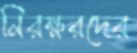
নিরক্ষরদের